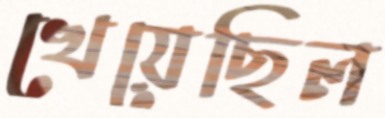
খেয়েছিল